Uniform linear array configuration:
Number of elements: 24
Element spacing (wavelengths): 0.75
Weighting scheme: kaiser
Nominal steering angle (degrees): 0
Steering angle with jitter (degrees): -0.3113
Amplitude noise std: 0.05
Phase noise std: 0.05

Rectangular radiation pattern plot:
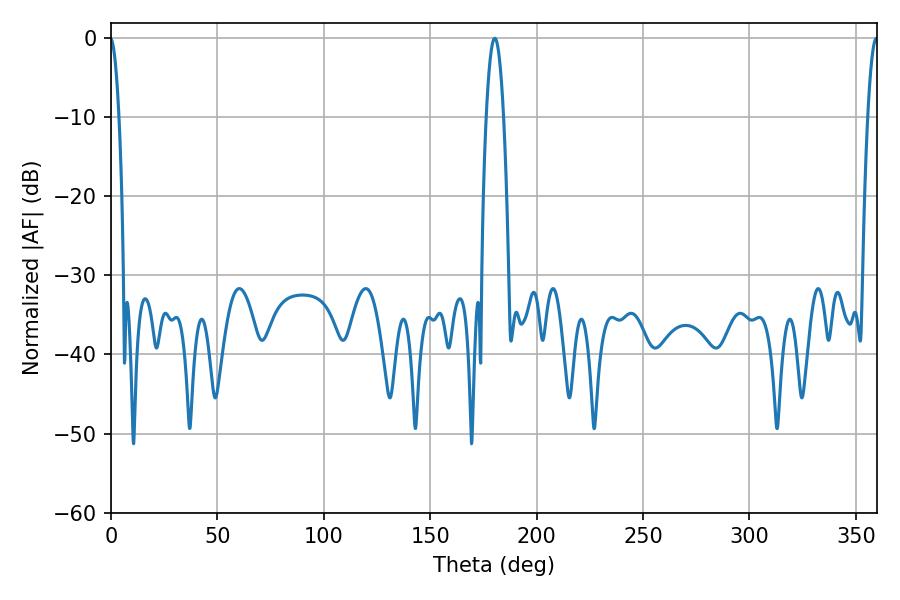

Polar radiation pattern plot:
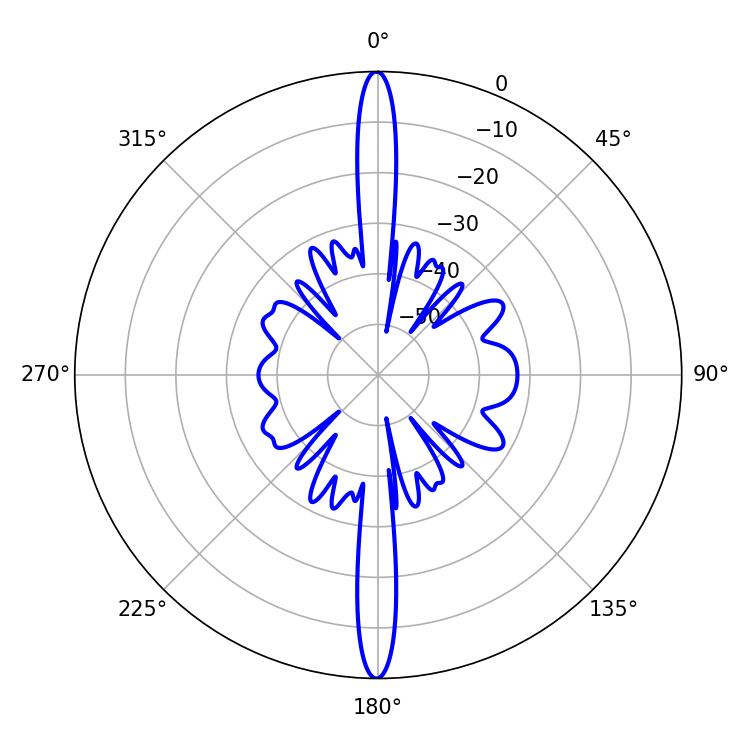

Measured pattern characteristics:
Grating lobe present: TRUE
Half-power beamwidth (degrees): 4.5
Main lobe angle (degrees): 180.36